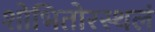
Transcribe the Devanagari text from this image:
शोभितोरस्थलं